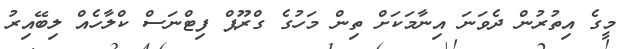
މީގެ އިތުރުން ދެވަނަ އިނާމަކަށް ތިން މަހުގެ ގްރޫޕް ފިޓްނަސް ކްލާހެއް ލިބޭއިރު